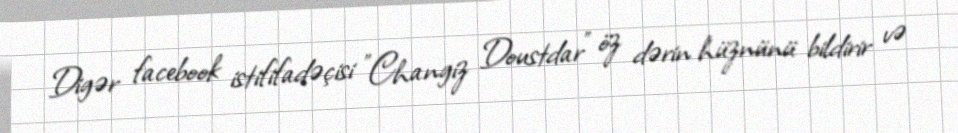
Digər facebook istififadəçisi "Changiz Doustdar" öz dərin hüznünü bildirir və